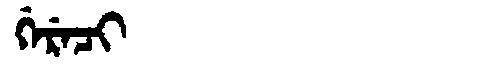
Manchu: ᡤᡝᡵᡝᠴᡳ
Romanization: GERECI